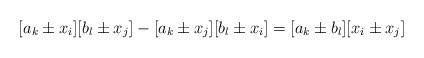
LaTeX: \begin{align*}[a_k\pm x_i][b_l\pm x_j]-[a_k\pm x_j][b_l\pm x_i]=[a_k\pm b_l][x_i\pm x_j]\end{align*}